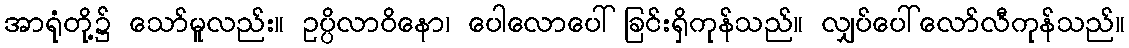
အာရုံတို့၌ သော်မူလည်း။ ဥပ္ပိလာဝိနော၊ ပေါလောပေါ်ခြင်းရှိကုန်သည်။ လျှပ်ပေါ်လော်လီကုန်သည်။